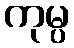
ကုမ္ပ